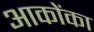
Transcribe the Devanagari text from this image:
आकोंका